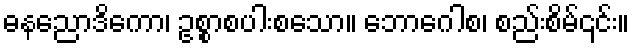
ဓနညောဒိကော၊ ဥစ္စာစပါးစသော။ ဘောဂေါစ၊ စည်းစိမ်၎င်း။